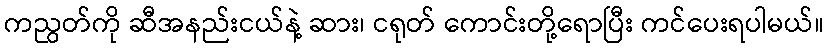
ကညွတ်ကို ဆီအနည်းငယ်နဲ့ ဆား၊ ငရုတ် ကောင်းတို့ရောပြီး ကင်ပေးရပါမယ်။